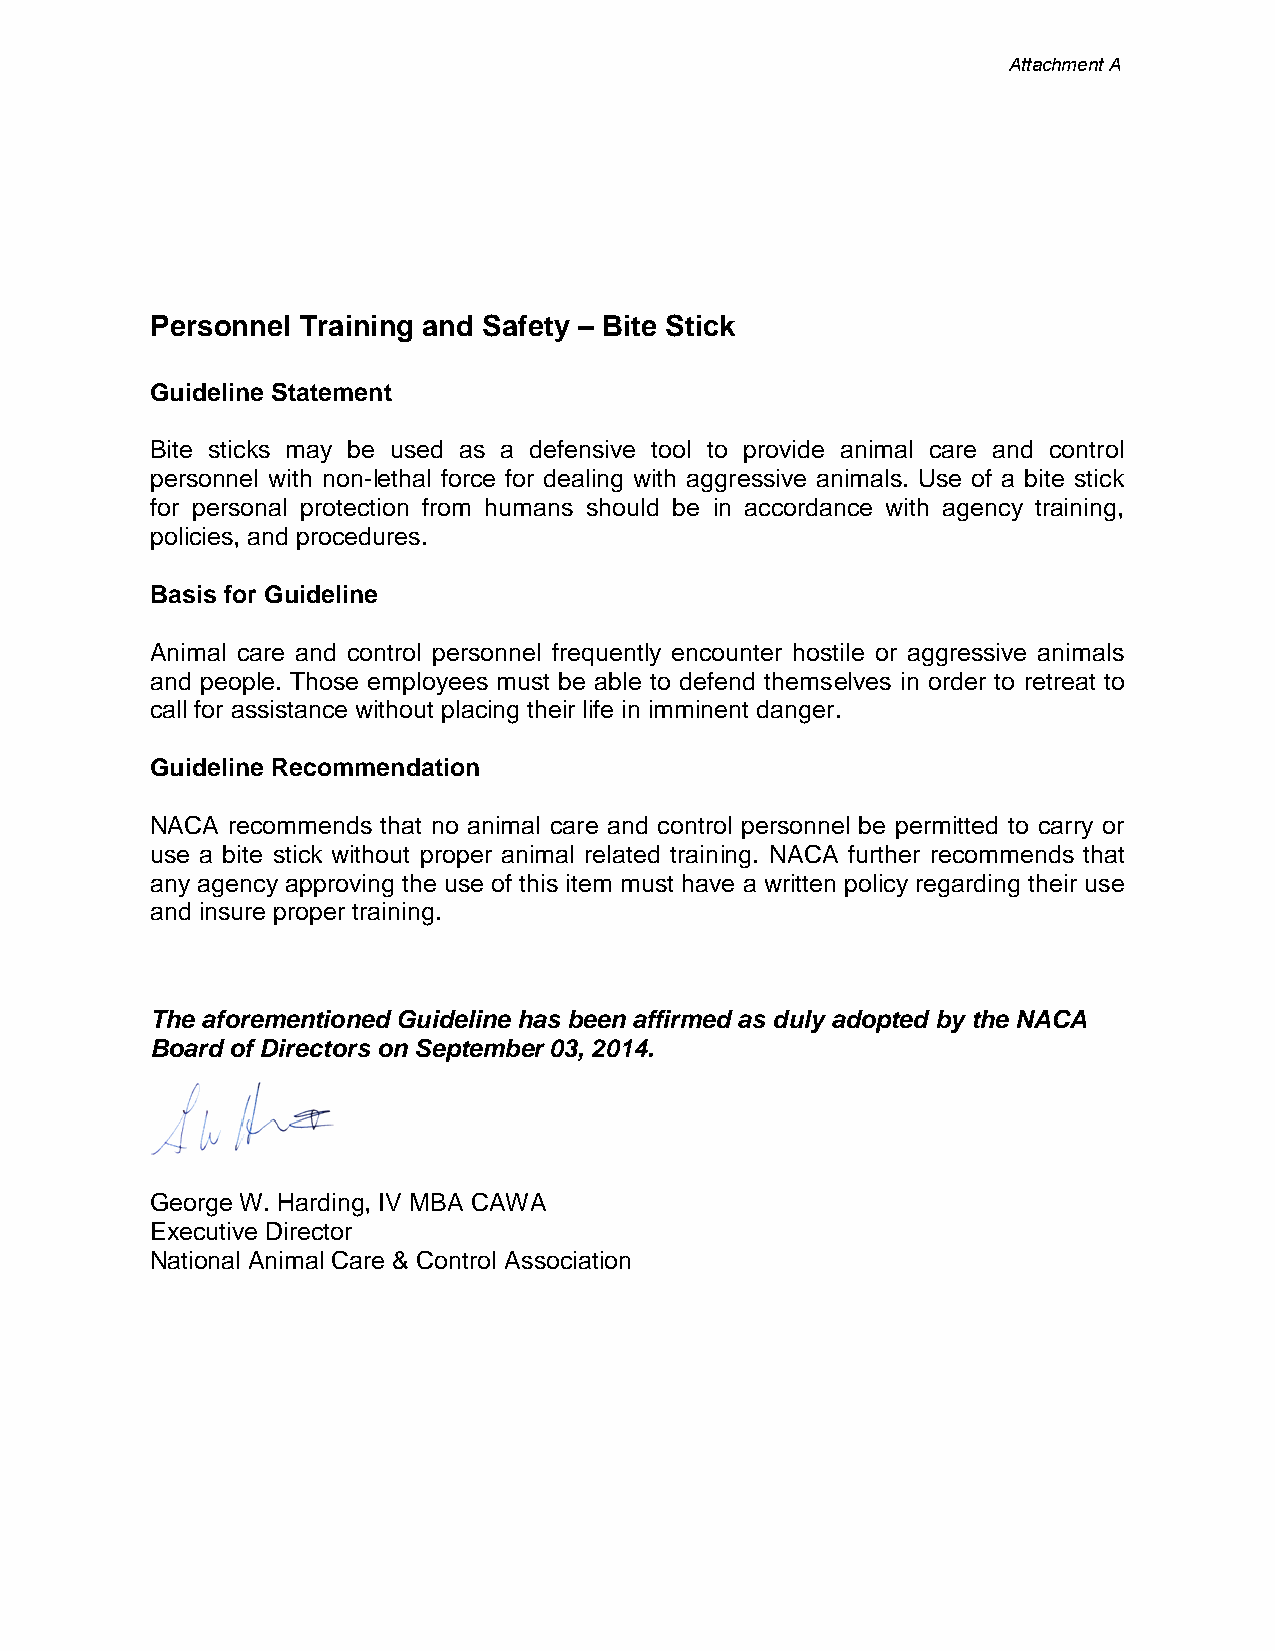
Attachment A
 Personnel Training and Safety – Bite Stick
 Guideline Statement
 Bite sticks may be used as a defensive tool to provide animal care and control
 personnel with non-lethal force for dealing with aggressive animals. Use of a bite stick
 for personal protection from humans should be in accordance with agency training,
 policies, and procedures.
 Basis for Guideline
 Animal care and control personnel frequently encounter hostile or aggressive animals
 and people. Those employees must be able to defend themselves in order to retreat to
 call for assistance without placing their life in imminent danger.
 Guideline Recommendation
 NACA recommends that no animal care and control personnel be permitted to carry or
 use a bite stick without proper animal related training. NACA further recommends that
 any agency approving the use of this item must have a written policy regarding their use
 and insure proper training.
 The aforementioned Guideline has been affirmed as duly adopted by the NACA
 Board of Directors on September 03, 2014.
 George W. Harding, IV MBA CAWA
 Executive Director
 National Animal Care & Control Association